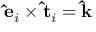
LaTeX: \mathbf { \hat { e } } _ { i } \times \mathbf { \hat { t } } _ { i } = \mathbf { \hat { k } }